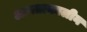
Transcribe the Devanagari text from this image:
आपताकालीन